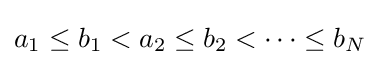
a_{1}\leq b_{1}<a_{2}\leq b_{2}<\cdots \leq b_{N}